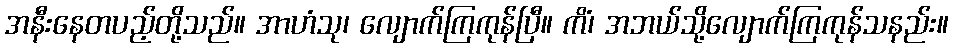
အနီးနေတပည့်တို့သည်။ အာဟံသု၊ လျောက်ကြကုန်ပြီ။ ကိံ၊ အဘယ်သို့လျောက်ကြကုန်သနည်း။